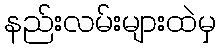
နည်းလမ်းများထဲမှ